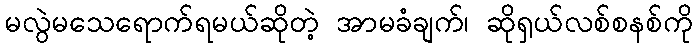
မလွဲမသေရောက်ရမယ်ဆိုတဲ့ အာမခံချက်၊ ဆိုရှယ်လစ်စနစ်ကို